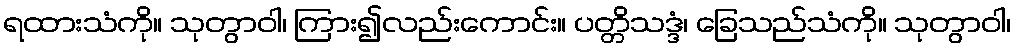
ရထားသံကို။ သုတွာဝါ၊ ကြား၍လည်းကောင်း။ ပတ္တိသဒ္ဒံ၊ ခြေသည်သံကို။ သုတွာဝါ၊